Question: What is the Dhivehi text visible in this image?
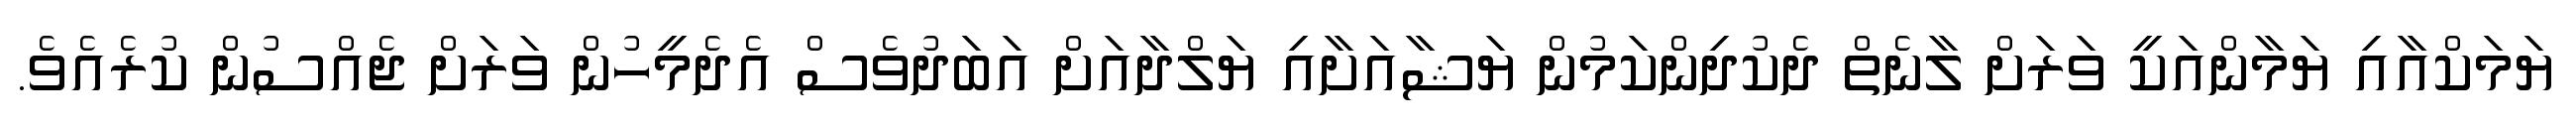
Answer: ޔަމަކްއާއި ޔަމާންއަކީ ވަރަށް ލާނެތް ދެކުދިންކަމުން ޔަޝާއަށާއި ޔަލްދާއަށް އަބަދުވެސް އެދެމީހުން ވަރަށް ޖެއްސުން ކުރެއެވެ.